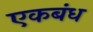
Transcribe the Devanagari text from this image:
एकबंध